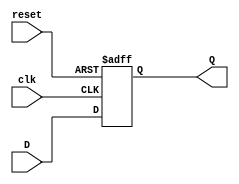
module Feedback_Register (
    input wire clk,      // Clock signal
    input wire reset,    // Asynchronous reset signal
    input wire D,        // Data input
    output reg Q         // Data output
);

// Asynchronous reset behavior
always @(posedge clk or posedge reset) begin
    if (reset) begin
        Q <= 1'b0;      // Set output to a known state (0) on reset
    end else begin
        Q <= D;         // Capture input data on clock edge
    end
end

endmodule